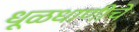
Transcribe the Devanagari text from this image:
धूळधाणीचे